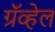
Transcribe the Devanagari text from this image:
ग्रॅव्हेल